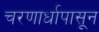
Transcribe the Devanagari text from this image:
चरणार्धापासून